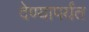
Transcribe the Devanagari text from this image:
देण्यापर्यंत